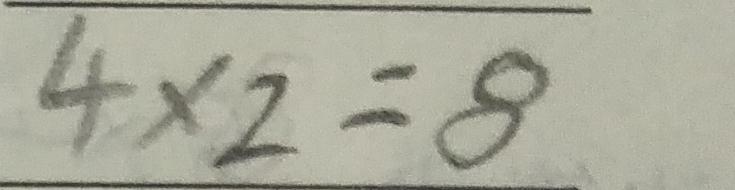
4 \times 2 = 8